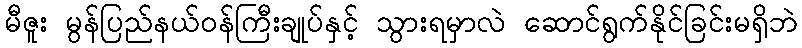
မီဇူး မွန်ပြည်နယ်ဝန်ကြီးချုပ်နှင့် သွားရမှာလဲ ဆောင်ရွက်နိုင်ခြင်းမရှိဘဲ